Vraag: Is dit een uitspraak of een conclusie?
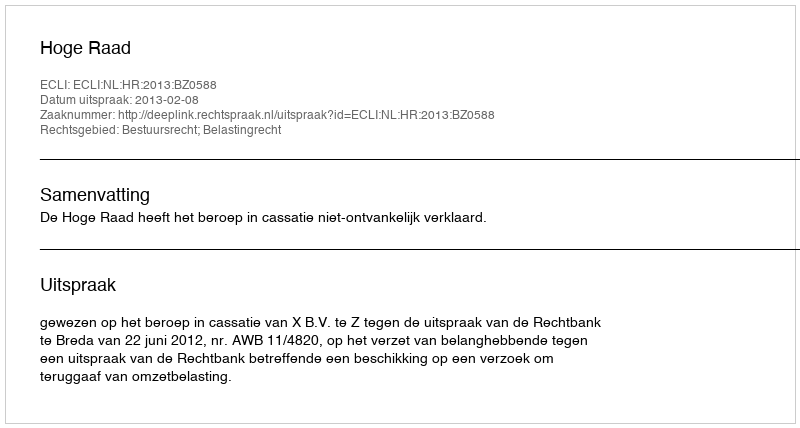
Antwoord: Uitspraak